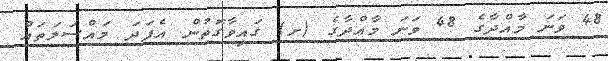
48 ވަނަ މާއްދާގެ 48 ވަނަ މާއްދާގެ (ށ) ގައިވާގޮތުން އެފަދަ މައްސަލަތައް